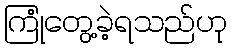
ကြုံတွေ့ခဲ့ရသည်ဟု